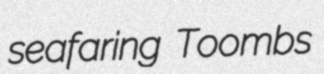
seafaring Toombs